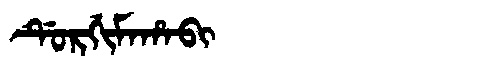
Manchu: ᡩᡠᡵᡤᡳᠮᠠᡥᠠᠪᡳ
Romanization: DURGIMAHABI